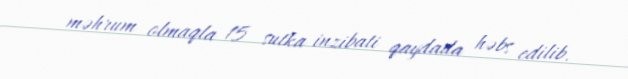
məhrum olmaqla 15 sutka inzibati qaydada həbs edilib.